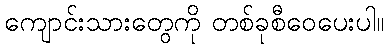
ကျောင်းသားတွေကို တစ်ခုစီဝေပေးပါ။